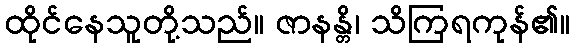
ထိုင်နေသူတို့သည်။ ဇာနန္တိ၊ သိကြရကုန်၏။